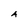
Character: A